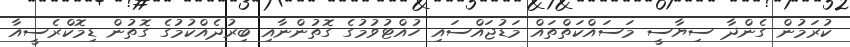
ކުރަމުން ގެންދާ ސިޔާސީ މަސައްކަތްތައް މަޑުޖައްސައި ހުއްޓުވުމުގެ ގޮތުންނާއި ބިރުދެއްކުމުގެ ގޮތުން ޑިމޮކްރެސީއާ